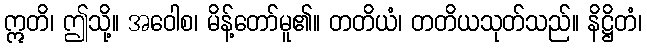
ဣတိ၊ ဤသို့။ အဝေါစ၊ မိန့်တော်မူ၏။ တတိယံ၊ တတိယသုတ်သည်။ နိဋ္ဌိတံ၊